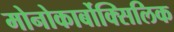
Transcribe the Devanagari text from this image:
मोनोकार्बोक्सिलिक